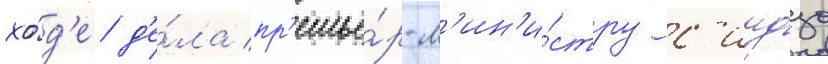
хо́д'е д'е́ла пр'емье́р-м'ин'и́стру с'индзо